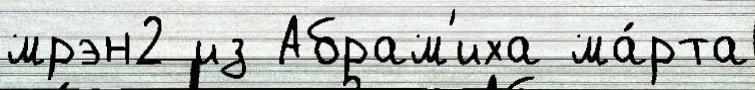
мрэн2 из Абрам'иха ма́рта